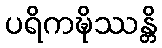
ပရိကဍ္ဎိဿန္တိ